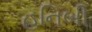
હનિબી